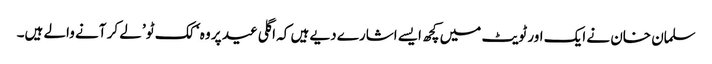
سلمان خان نے ایک اور ٹویٹ میں کچھ ایسے اشارے دیے ہیں کہ اگلی عید پر وہ ‘ کک ٹو’ لے کر آنے والے ہیں۔